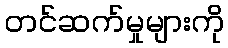
တင်ဆက်မှုများကို